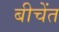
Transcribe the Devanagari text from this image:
बीचेंत